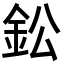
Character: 鈆